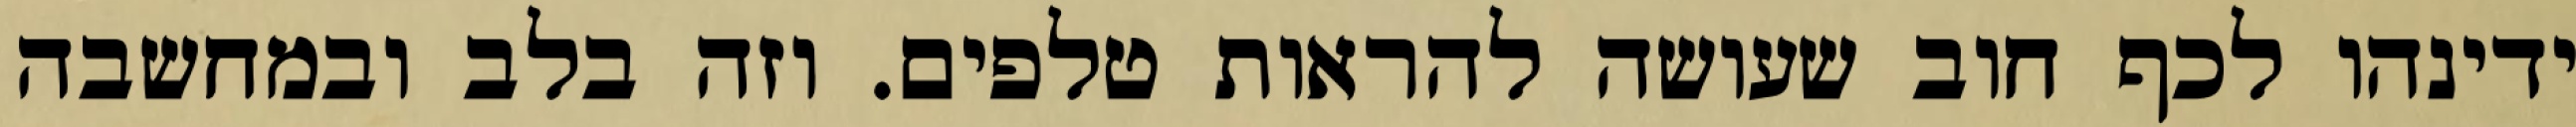
ידינהו לכף חוב שעושה להראות טלפים. וזה בלב ובמחשבה